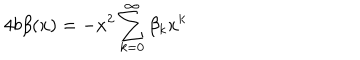
4 b \beta ( x ) = - x ^ { 2 } \sum _ { k = 0 } ^ { \infty } \beta _ { k } x ^ { k }